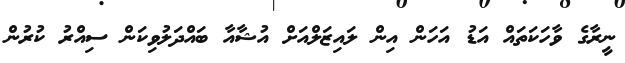
ނީރާގެ ވާހަކަތައް އަޑު އަހަން އިން ލައިޒަލްއަށް އުޝާއާ ބައްދަލުވިކަން ސިއްރު ކުރުން